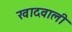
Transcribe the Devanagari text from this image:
खादवाली